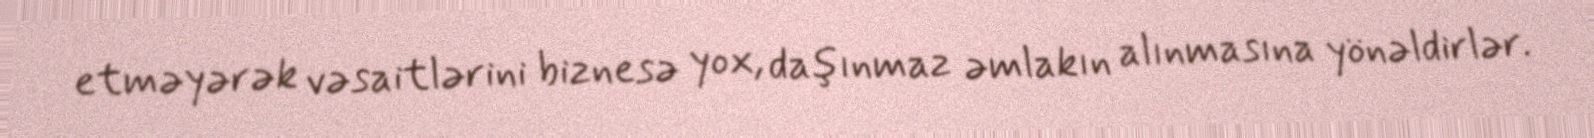
etməyərək vəsaitlərini biznesə yox, daşınmaz əmlakın alınmasına yönəldirlər.